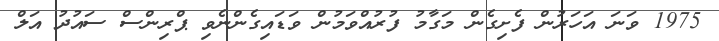
1975 ވަނަ އަހަރުން ފެށިގެން މަގާމު ފުރުއްވަމުން ވަޑައިގެންނެވި ޕްރިންސް ސައުދު އަލް